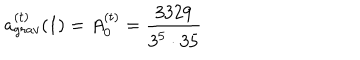
a _ { g r a v } ^ { ( t ) } ( 1 ) = A _ { 0 } ^ { ( t ) } = \frac { 3 3 2 9 } { 3 ^ { 5 } \cdot 3 5 }